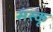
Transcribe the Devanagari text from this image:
संस्कृ